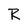
Character: R